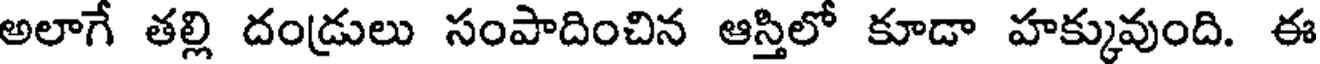
అలాగే తల్లి దండ్రులు సంపాదించిన ఆస్తిలో కూడా హక్కువుంది. ఈ